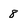
Character: 8